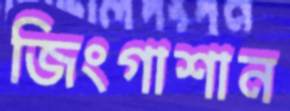
জিংগাশান